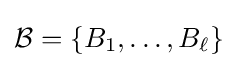
{\mathcal {B}}=\{B_{1},\ldots ,B_{\ell }\}